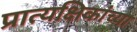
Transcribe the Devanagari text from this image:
प्रात्यक्षिकांच्या